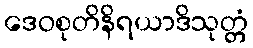
ဒေဝစုတိနိရယာဒိသုတ္တံ